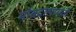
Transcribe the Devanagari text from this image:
मोबदल्यामध्ये